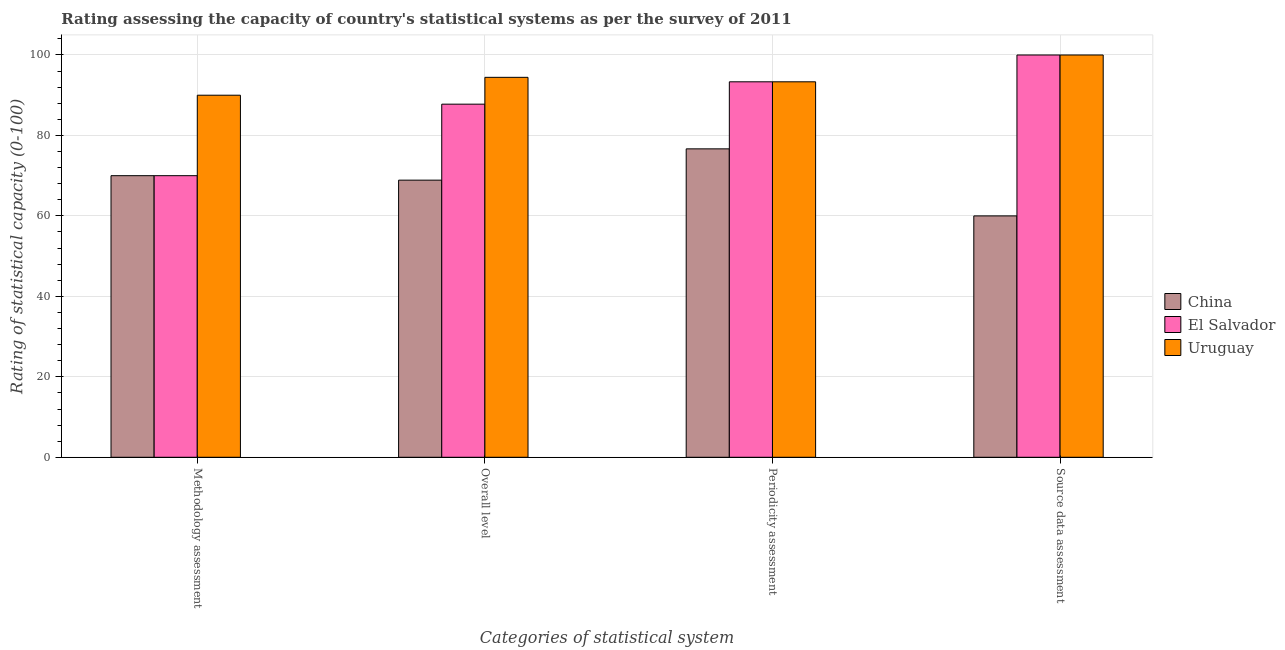
| Categories of statistical system | China | El Salvador | Uruguay |
 | --- | --- | --- | --- |
 | Methodology assessment | 70 | 70 | 90 |
 | Overall level | 68.9 | 87.8 | 94.4 |
 | Periodicity assessment | 76.7 | 93.3 | 93.3 |
 | Source data assessment | 60 | 100 | 100 |